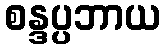
စန္ဒပ္ပဘာယ